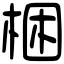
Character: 梱